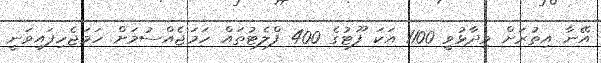
އޭނާ އިތުރަށް ވިދާޅުވީ 1100 އަކަ ފޫޓުގެ 400 ފްލެޓުތައް ހަމަޖެއްސުމަށް ހަމަޖެހިފައިވަނީ